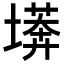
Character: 𭏫